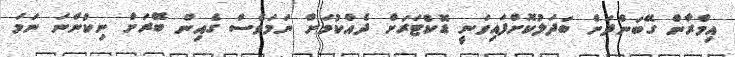
އިމްރާން ގޭބަންދަށް ބަދަލުކޮށްފައިވަނީ ޑޮކްޓަރަށް ދެއްކުމަށް ނަމަވެސް ގެއިން ބޭރަށް ނިކުންނަ ނަމަ